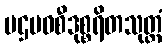
ပဌမဝစီဒုစ္စရိတသုတ္တံ